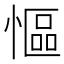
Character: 慪